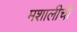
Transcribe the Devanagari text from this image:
मशालीची